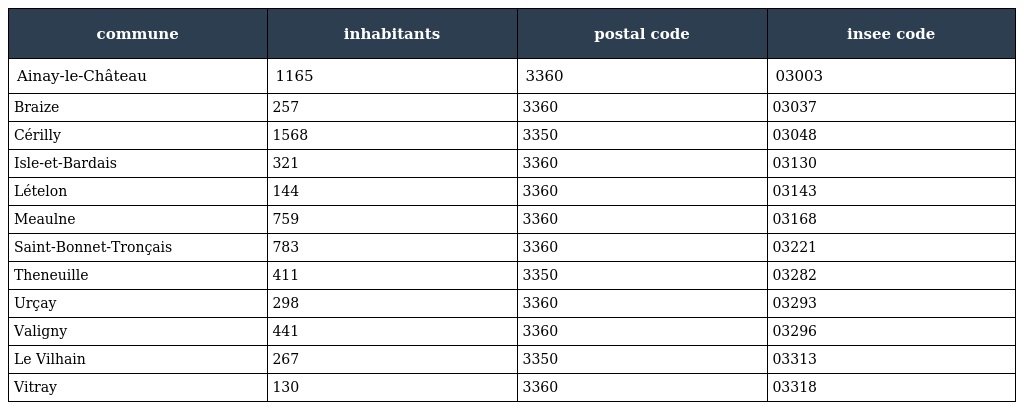
| commune | inhabitants | postal code | insee code |
 | --- | --- | --- | --- |
 | Ainay-le-Château | 1165 | 3360 | 03003 |
 | Braize | 257 | 3360 | 03037 |
 | Cérilly | 1568 | 3350 | 03048 |
 | Isle-et-Bardais | 321 | 3360 | 03130 |
 | Lételon | 144 | 3360 | 03143 |
 | Meaulne | 759 | 3360 | 03168 |
 | Saint-Bonnet-Tronçais | 783 | 3360 | 03221 |
 | Theneuille | 411 | 3350 | 03282 |
 | Urçay | 298 | 3360 | 03293 |
 | Valigny | 441 | 3360 | 03296 |
 | Le Vilhain | 267 | 3350 | 03313 |
 | Vitray | 130 | 3360 | 03318 |